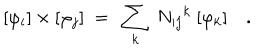
LaTeX: [ \varphi _ { i } ] \times [ \varphi _ { j } ] \ = \ \sum _ { k } \ { N _ { i j } } ^ { k } \ [ \varphi _ { k } ] \quad .